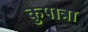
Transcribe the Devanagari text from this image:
कुपात्रा